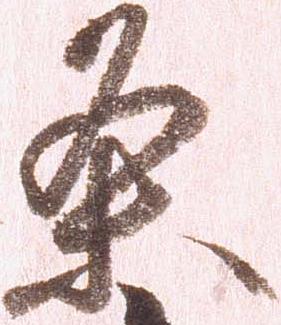
条